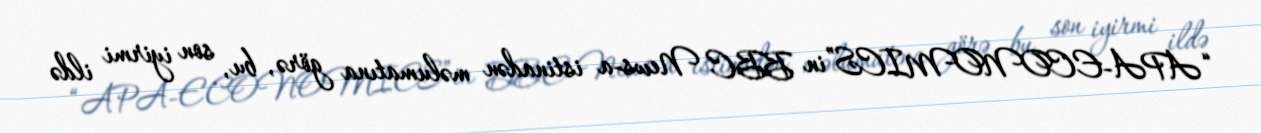
“APA-ECONOMICS”in BBC News-a istinadən məlumatına görə, bu, son iyirmi ildə